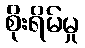
စိုးရိမ်မှု